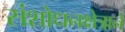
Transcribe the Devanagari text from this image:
संशोधनक्षेत्राने